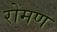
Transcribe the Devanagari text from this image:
रोमण